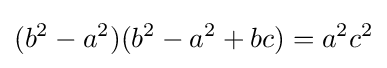
(b^{2}-a^{2})(b^{2}-a^{2}+bc)=a^{2}c^{2}